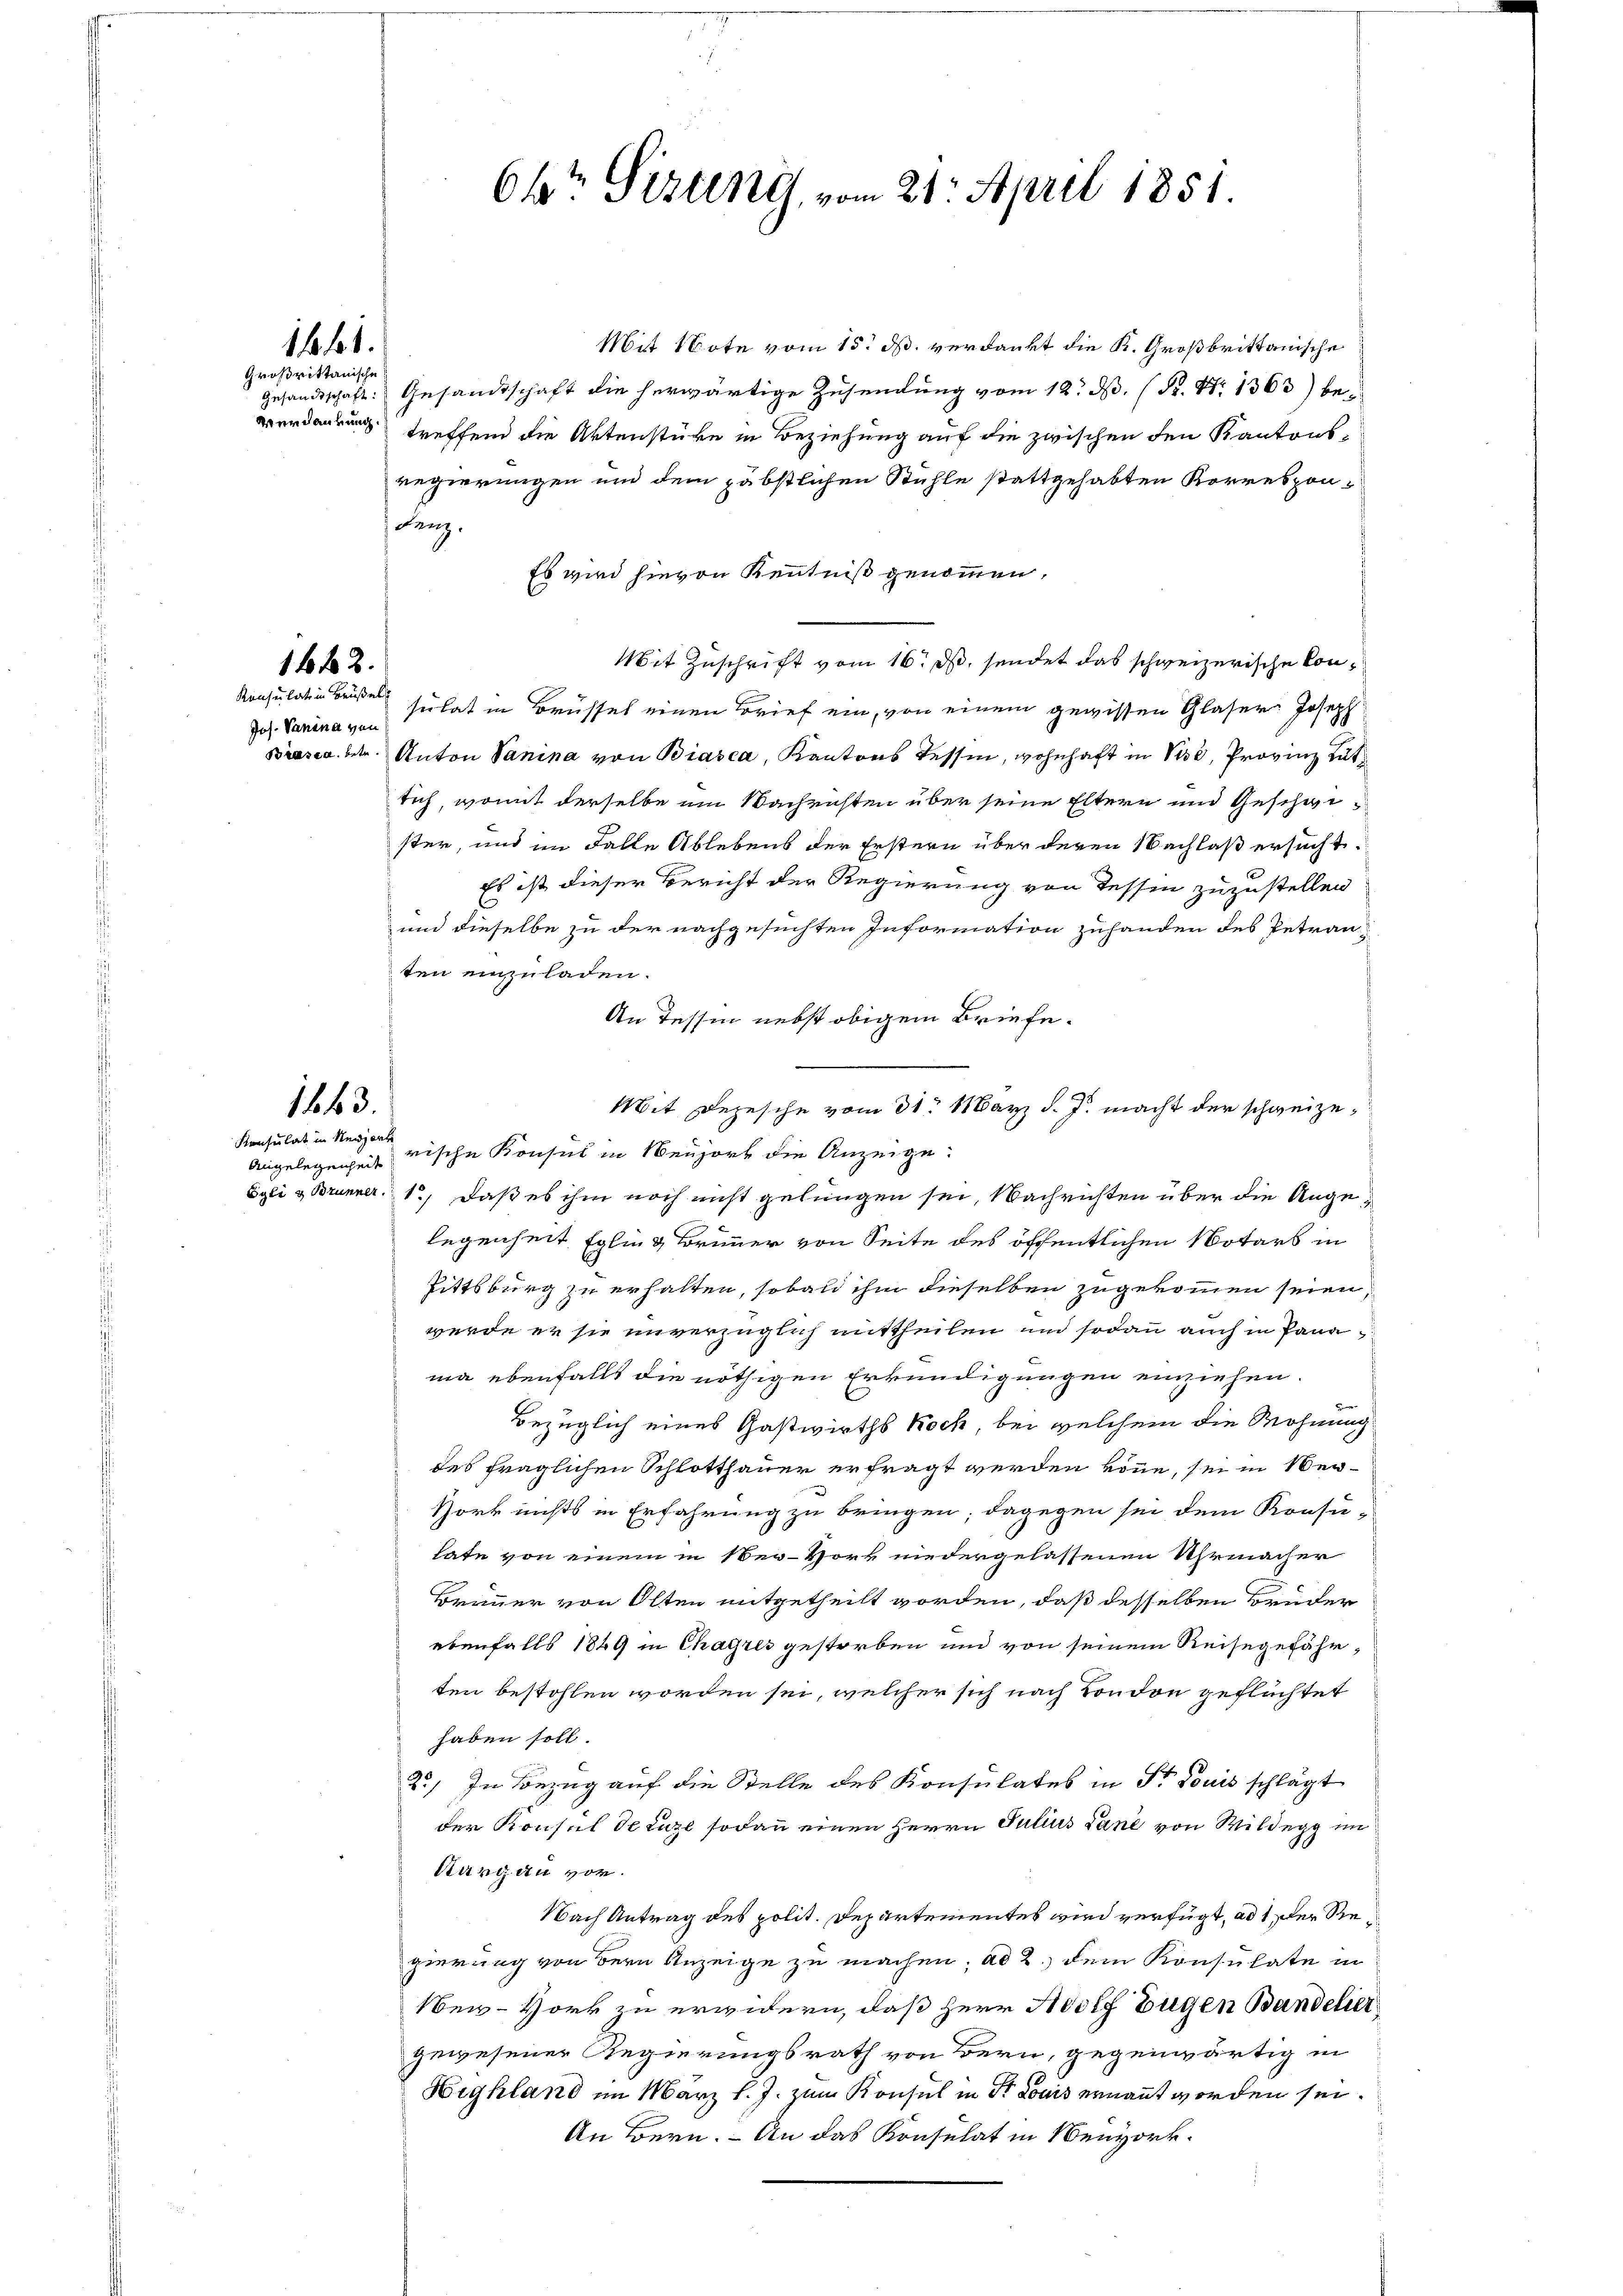
1641.
Großrittanische

1642.

Jos. Vanina von

1443.

Konsulat in Neujorte

Mit Note vom 15. ds. verdankt die K. Großbrittanische
Gesandtschaft: Gesandtschaft die herwärtige Zusendung vom 12. d. R. N. 1363) beverdankung treffend die Aktenstüke in Beziehung auf die zwischen den Kantons-
regierungen und dem päbstlichen Stühle stattgehabten Korrespon-
Lenz.
Es wird hievon Kenntniß genommen,
Mit Zuschrift vom 16. ds. sendet das schweizerische Con¬
Konsulation Buße sie hat in Brüssel einen Brief ein, von einem gewissen Glaser Joseph
Brasca betr. Anton Sanina von Biasca, Kantons Tessin, wohnhaft in Sie, Provinz gutsich, womit derselbe um Nachristen über seine Eltern und Gescheister, und im Falle Ablebens der Erstern über deren Nachlaß ersucht.
Es ist dieser Bericht der Regierung von Tessin zuzustellen
und dieselbe zu der nachgesuchten Information zuhanden des Petranten einzuladen.
An Tessin nebst obigem Briefe.
Mit Depesche vom 31. May d. J. macht der schweize¬
Angelegenheit rische Konsul in Neujort die Anzeige:
Egli & Brunner, 1.) daß es ihm noch nicht gelungen sei, Nachrichten über die Angelegenheit Egling Brummer von Seite des öffentlichen Notars in
Pittsburg zu erhalten, sobald ihm dieselben zugekommen seien,
werde er sie unverzüglich mittheilen und sodann auch in Panma ebenfalls die nöthigen Erkundigungen einziehen.
Bi
Bezüglich eines Gastwirths Koch, bei welchem die Wohnung
des fraglichen Schlotthauer erfragt werden könne, sei in Ver¬
Hork nichts in Erfahrung zu bringen; dagegen sei dem Konsu-
tate von einem in Ner-Hork niedergelassenen Uhrmacher
Brunner von Olten mitgetheilt worden, daß desselben Brüder
ebenfalls 1849 in Chagres gestorben und von seinem Reisegefährten bestohlen worden sei, welcher sich nach London geflüchtet
haben soll.
2.) In Bezug auf die Stelle des Konsulates in Dr Louis schlägt
der Konsul Struze sodann einen Herrn Julius Dane von Wildegg im
Aargau vor.
Nach Antrag des polit. Departementes wird verfügt, ad 1, der Regierung von dern Anzeige zu machen, ad 2. dem Konsulate in
en-Hork zu erwidern, daß Herr Adolf Fugen Bandelier
gewesener Regierungsrath von Bern, gegenwärtig in
Highland im März l. J. zum Konsul in Dr Louis ernannt worden sei.
An Bern. – An das Konsulat in Neuvork¬

64t Sizung vom 21. April 1851.